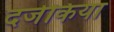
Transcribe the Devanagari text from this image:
दर्जकिया